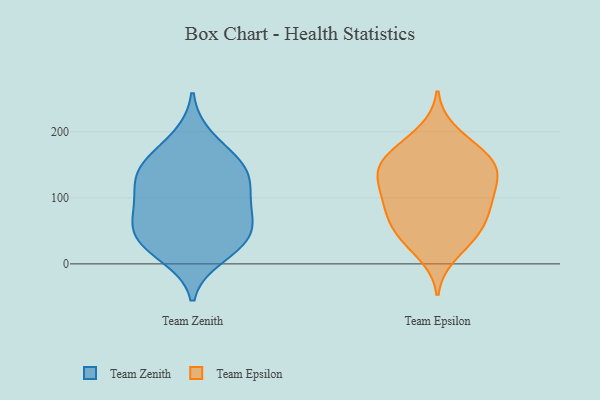
{"axis": {"x": "Temperature (°C)", "y": "Value"}, "legend": ["Team Epsilon", "Team Zenith"], "data": [{"x": "", "y": 12, "type": "Team Zenith"}, {"x": "", "y": 133, "type": "Team Zenith"}, {"x": "", "y": 92, "type": "Team Zenith"}, {"x": "", "y": 61, "type": "Team Zenith"}, {"x": "", "y": 47, "type": "Team Zenith"}, {"x": "", "y": 32, "type": "Team Zenith"}, {"x": "", "y": 84, "type": "Team Zenith"}, {"x": "", "y": 28, "type": "Team Zenith"}, {"x": "", "y": 98, "type": "Team Zenith"}, {"x": "", "y": 154, "type": "Team Zenith"}, {"x": "", "y": 191, "type": "Team Zenith"}, {"x": "", "y": 49, "type": "Team Zenith"}, {"x": "", "y": 140, "type": "Team Zenith"}, {"x": "", "y": 126, "type": "Team Zenith"}, {"x": "", "y": 155, "type": "Team Zenith"}, {"x": "", "y": 133, "type": "Team Epsilon"}, {"x": "", "y": 86, "type": "Team Epsilon"}, {"x": "", "y": 150, "type": "Team Epsilon"}, {"x": "", "y": 53, "type": "Team Epsilon"}, {"x": "", "y": 14, "type": "Team Epsilon"}, {"x": "", "y": 35, "type": "Team Epsilon"}, {"x": "", "y": 88, "type": "Team Epsilon"}, {"x": "", "y": 130, "type": "Team Epsilon"}, {"x": "", "y": 47, "type": "Team Epsilon"}, {"x": "", "y": 112, "type": "Team Epsilon"}, {"x": "", "y": 179, "type": "Team Epsilon"}, {"x": "", "y": 121, "type": "Team Epsilon"}, {"x": "", "y": 83, "type": "Team Epsilon"}, {"x": "", "y": 166, "type": "Team Epsilon"}, {"x": "", "y": 154, "type": "Team Epsilon"}, {"x": "", "y": 51, "type": "Team Epsilon"}, {"x": "", "y": 139, "type": "Team Epsilon"}, {"x": "", "y": 200, "type": "Team Epsilon"}, {"x": "", "y": 87, "type": "Team Epsilon"}, {"x": "", "y": 163, "type": "Team Epsilon"}]}